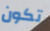
تكون